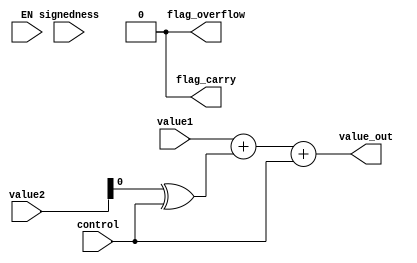
module add_sub(value1, value2, control, signedness, value_out, 
	EN, flag_overflow, flag_carry
 );

	input [31:0] value1, value2;
	input control;
	// control:0 will correspond to an add operation
	// control:1 will correspond to a subtract operation
	input signedness;
	// signedness:0 will correspond to signed
	// signedness:1 will correspond to unsigned
	output reg [31:0] value_out;

	input EN;
	output reg flag_overflow;
	output reg flag_carry;

	wire value_2_twoc = (value2 ^ {32{control}});

	wire overflow, value_sum_sign;
	wire [31:0] value_sum;

	assign {overflow, value_sum} = {1'b0, value1} + {1'b0, value_2_twoc} + control;


	// For the immediate future, this is WRONG
	// This does not account for integer overflows
	always @ (*) begin
		value_out = value_sum;
		flag_carry = 1'b0;
		flag_overflow = 1'b0;
	end
	//

endmodule


// #TODO throw out flags on overflows and things